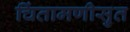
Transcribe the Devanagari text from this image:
चिंतामणीसुत